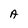
Character: A